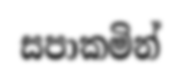
සපාකමින්